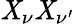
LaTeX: \mathit{X}_{\nu}\mathit{X}_{\nu^{\prime}}